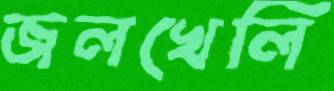
জলখেলি